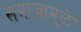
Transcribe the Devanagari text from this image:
समाजामुळे